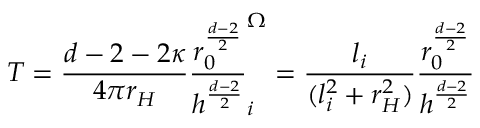
T = \frac { d - 2 - 2 \kappa } { 4 \pi r _ { H } } \frac { r _ { 0 } ^ { \frac { d - 2 } { 2 } } } { h ^ { \frac { d - 2 } { 2 } } } \sp \Omega _ { i } = \frac { l _ { i } } { ( l _ { i } ^ { 2 } + r _ { H } ^ { 2 } ) } \frac { r _ { 0 } ^ { \frac { d - 2 } { 2 } } } { h ^ { \frac { d - 2 } { 2 } } }